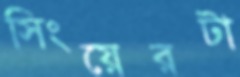
সিংয়েরটা